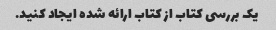
یک بررسی کتاب از کتاب ارائه شده ایجاد کنید.